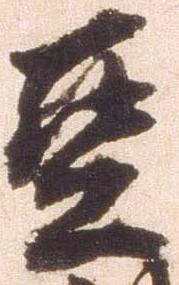
豆